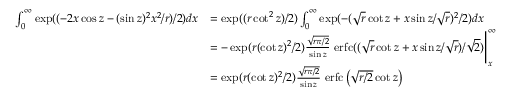
{ \begin{array} { r l } { \int _ { 0 } ^ { \infty } \exp ( ( - 2 x \cos z - ( \sin z ) ^ { 2 } x ^ { 2 } / r ) / 2 ) d x } & { = \exp ( ( r \cot ^ { 2 } z ) / 2 ) \int _ { 0 } ^ { \infty } \exp ( - ( { \sqrt { r } } \cot z + x \sin z / { \sqrt { r } } ) ^ { 2 } / 2 ) d x } \\ & { = - \exp ( r ( \cot z ) ^ { 2 } / 2 ) { \frac { \sqrt { r \pi / 2 } } { \sin z } } { \mathrm { ~ e r f c } } ( ( { \sqrt { r } } \cot z + x \sin z / { \sqrt { r } } ) / { \sqrt { 2 } } ) { \Bigg | } _ { x } ^ { \infty } } \\ & { = \exp ( r ( \cot z ) ^ { 2 } / 2 ) { \frac { \sqrt { r \pi / 2 } } { \sin z } } { \mathrm { ~ e r f c } } \left( { \sqrt { r / 2 } } \cot z \right) } \end{array} }